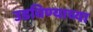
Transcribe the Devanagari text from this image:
उडविण्याच्या